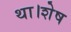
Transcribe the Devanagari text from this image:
था।शेष